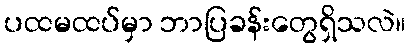
ပထမထပ်မှာ ဘာပြခန်းတွေရှိသလဲ။